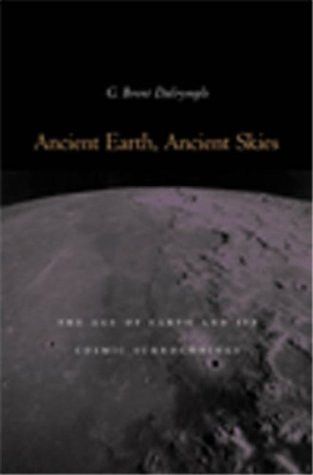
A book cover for Ancient Earth, Ancient Skies: The Age of Earth and its Cosmic Surroundings; G. Brent Dalrymple; Science & Math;